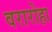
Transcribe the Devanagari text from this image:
वरारोहा